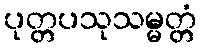
ပုတ္တပသုသမ္မတ္တံ